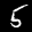
Label: 5